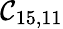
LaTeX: \mathcal{C}_{15,11}